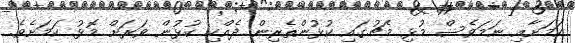
ކަމަށާއި ނަމަވެސް މުޅި މެޗުގައި ކުޅުންތެރިން ދެއްކި ކުޅުން ވަރަށް މޮޅު ކަމަށެވެ.